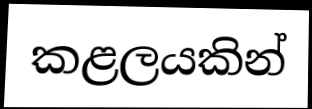
කළලයකින්